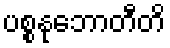
ပစ္စနုဘောတီတိ